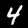
Label: 4